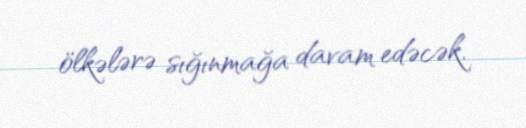
ölkələrə sığınmağa davam edəcək.